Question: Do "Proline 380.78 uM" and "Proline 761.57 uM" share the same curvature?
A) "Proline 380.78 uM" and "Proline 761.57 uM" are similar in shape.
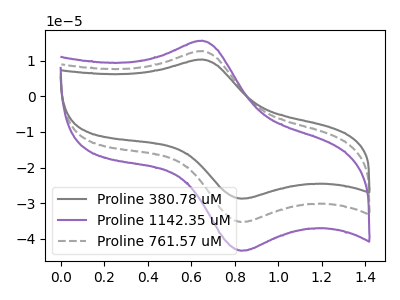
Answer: <think>The gray curve "Proline 380.78 uM" has an anodic peak at (0.65V, 10.40uA) and a cathodic peak at (0.85V, -28.75uA). The purple curve "Proline 1142.35 uM" has an anodic peak at (0.65V, 25.50uA) and a cathodic peak at (0.85V, -70.65uA). The gray dashed curve "Proline 761.57 uM" has an anodic peak at (0.65V, 12.75uA) and a cathodic peak at (0.85V, -35.30uA).
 All the peaks in "Proline 380.78 uM" have a peak in "Proline 761.57 uM" at the same potential. Every peak in "Proline 380.78 uM" is lower than every peak in "Proline 761.57 uM".</think>
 <answer>A) "Proline 380.78 uM" and "Proline 761.57 uM" are similar in shape.</answer>
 <eval>A</eval>